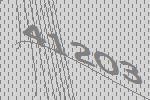
41203